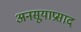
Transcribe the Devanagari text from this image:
अनसूयाप्रसाद